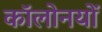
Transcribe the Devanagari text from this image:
कॉलोनयों